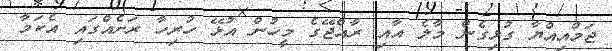
ޖަމްއިއްޔާ ގުޅިގެން މާލެ އާއި ރާއްޖޭގެ މީހުން އުޅޭ ހުރިހާ ރަށެއްގައި އެކަމާ